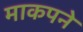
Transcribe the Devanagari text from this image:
माकपने